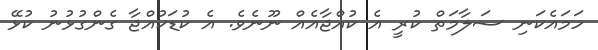
ހަމައެކަނި ސަލާމަތް ކުރީ އެ ކުއްޖާއެއް ނޫނެވެ. އެ ކުޑަކުއްޖާ ގެންގުޅުނު ކުޅޭ